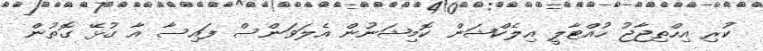
ކުރި އިހްތިޖާޖު ހުއްޓާލީ އިލެކްޝަން ކޮމިޝަނުން އެލަވަންސް ފައިސާ އާ ގުޅޭ ގޮތުން